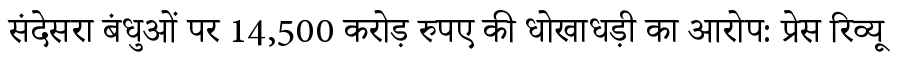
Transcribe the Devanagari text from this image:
संदेसरा बंधुओं पर 14,500 करोड़ रुपए की धोखाधड़ी का आरोप: प्रेस रिव्यू